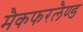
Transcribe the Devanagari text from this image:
मैकफरलैण्ड